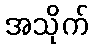
အသိုက်